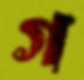
গ